Annual report of the Punjab Veterinary College and of the Civil Veterinary Department, Punjab - 1894-1908
Year: 1894
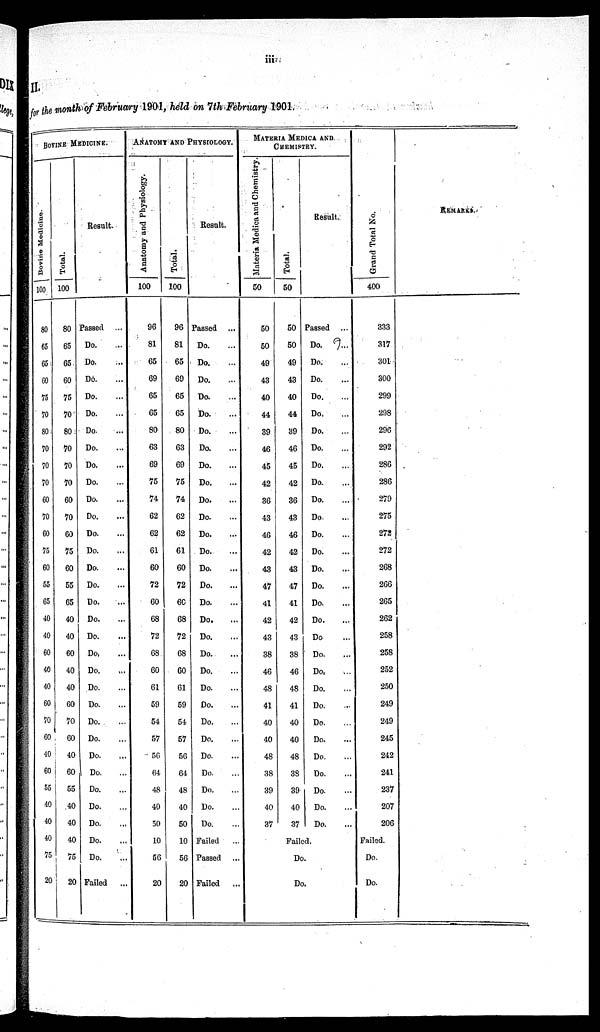
iii
II.
for the month of February 1901, held on 7th February 1901.
BOVINE MEDICINE.
Bovine Medicine.
100
80
65
65
60
75
70
80
70
70
70
60
70
60
75
60
55
65
40
40
60
40
40
60
70
60
40
60
55
40
40
40
75
20
Total.
100
80
65
65
60
75
70
80
70
70
70
60
70
60
75
60
55
65
40
40
60
40
40
60
70
60
40
60
55
40
40
40
75
20
Result.
Passed ...
Do. ...
Do. ...
Do. ...
Do. ...
Do. ...
Do. ...
Do. ...
Do. ...
Do. ...
Do. ...
Do. ...
Do. ...
Do. ...
Do. ...
Do. ...
Do. ...
Do. ...
Do. ...
Do. ...
Do. ...
Do. ...
Do. ...
Do. ...
Do. ...
Do. ...
Do. ...
Do. ...
Do. ...
Do. ...
Do. ...
Do. ...
Failed
...
ANATOMY AND PHYSIOLOGY.
Anatomy and Physiology.
100
96
81
65
69
65
65
80
63
69
75
74
62
62
61
60
72
60
68
72
68
60
61
59
54
57
56
64
48
40
50
10
56
20
Total.
100
96
81
65
69
65
65
80
63
69
75
74
62
62
61
60
72
60
68
72
68
60
61
59
54
57
56
64
48
40
50
10
56
20
Result.
Passed ...
Do. ...
Do. ...
Do. ...
Do. ...
Do. ...
Do. ...
Do. ...
Do. ...
Do. ...
Do. ...
Do. ...
Do. ...
Do. ...
Do. ...
Do. ...
Do. ...
Do. ...
Do. ...
Do. ...
Do. ...
Do. ...
Do. ...
Do. ...
Do. ...
Do. ...
Do. ...
Do. ...
Do. ...
Do. ...
Failed ...
Passed ...
Failed
...
MATERIA MEDICA AND
CHEMISTRY.
Materia Medica and Chemistry.
50
50
50
49
43
40
44
39
46
45
42
36
43
46
42
43
47
41
42
43
38
46
48
41
40
40
48
38
39
40
37
Total.
50
50
50
49
43
40
44
39
46
45
42
36
43
46
42
43
47
41
42
43
38
46
48
41
40
40
48
38
39
40
37
Failed
Do.
Do.
Result.
Passed ...
Do. ...
Do. ...
Do. ...
Do. ...
Do. ...
Do. ...
Do. ...
Do. ...
Do. ...
Do. ...
Do. ...
Do. ...
Do. ...
Do. ...
Do. ...
Do. ...
Do. ...
Do ...
Do ....
Do. ...
Do . ...
Do. ...
Do. ...
Do. ...
Do. ...
Do. ...
Do. ...
Do. ...
Do. ...
Grand Total No.
400
333
317
301
300
299
298
299
292
286
286
279
275
272
272
268
266
265
262
258
258
252
250
249
249
245
242
241
237
207
206
Failed.
Do.
Do.
REMARKS.